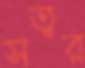
সত্বর